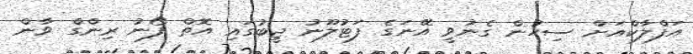
އަފްލާކްއަށް ސިހުން ގެނުވީ އޭނަގެ ފަޓުލޫނު ޖީބުގައި އޮތް ފޯނު ރިންގް ވާން